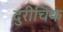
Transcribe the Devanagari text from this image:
दुरीचिक